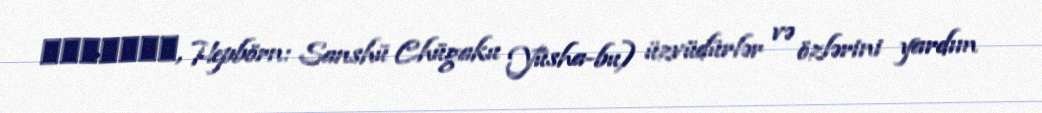
讃州中学勇者部, Hepbörn: Sanshū Chūgaku Yūsha-bu) üzvüdürlər və özlərini yardım